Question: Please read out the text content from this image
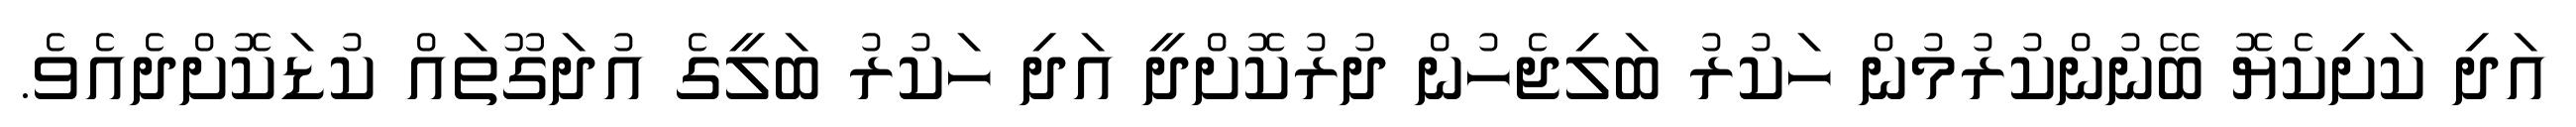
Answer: އަދި ކަށިކެޔޮ ބޭނުންކުރުމުން ހަކުރު ބަލިޖެހުން ދުރުކޮށްދީ އަދި ހަކުރު ބަލީގެ އުދަގޫތައް ކުޑަކޮށްދެއެވެ.